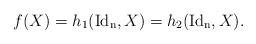
LaTeX: \begin{align*}f(X)=h_1({\rm Id_n},X)=h_2({\rm Id_n}, X).\end{align*}